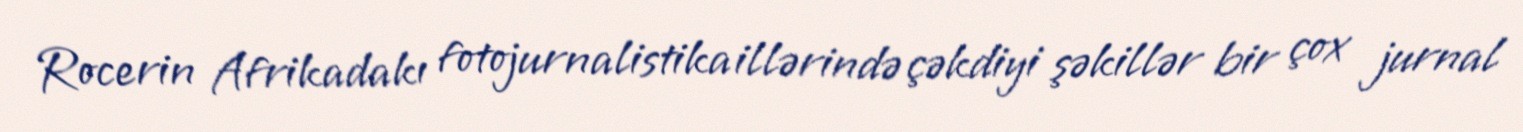
Rocerin Afrikadakı fotojurnalistika illərində çəkdiyi şəkillər bir çox jurnal